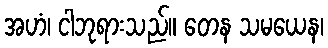
အဟံ၊ ငါဘုရားသည်။ တေန သမယေန၊